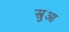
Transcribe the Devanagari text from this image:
स्त्रुआ